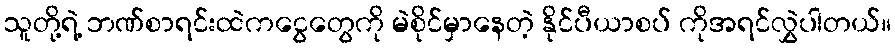
သူတို့ရဲ့ ဘဏ်စာရင်းထဲကငွေတွေကို မဲစိုင်မှာနေတဲ့ နိုင်ပီယာစပ် ကိုအရင်လွှဲပါတယ်။